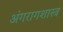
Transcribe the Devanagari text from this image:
अंगरागशास्त्र